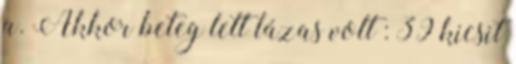
a. Akkor beteg lett lázas volt : 39 kicsit